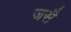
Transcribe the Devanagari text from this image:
जसै